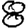
Digit: 8